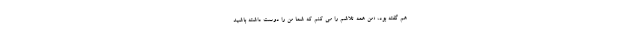
هم گفته بود، «من همه تلاشم را می کنم که شما من را دوست داشته باشید